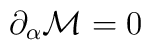
\partial _{\alpha }{\cal M}=0